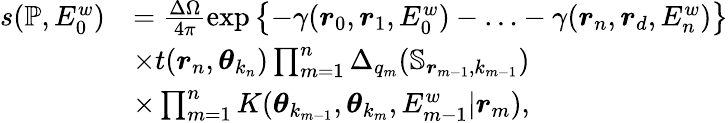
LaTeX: \begin{array}{rl}{s(\mathbb{P},E_{0}^{w})}&{=\frac{\Delta\Omega}{4\pi}\exp\left\{ -\gamma(\boldsymbol{r}_{0},\boldsymbol{r}_{1},E_{0}^{w})-\ldots-\gamma(\boldsymbol{r}_{n},\boldsymbol{r}_{d},E_{n}^{w})\right\} }\\ &{\times t(\boldsymbol{r}_{n},\boldsymbol{\theta}_{k_{n}})\prod_{m=1}^{n}\Delta_{q_{m}}(\mathbb{S}_{\boldsymbol{r}_{m-1},k_{m-1}})}\\ &{\times\prod_{m=1}^{n}K(\boldsymbol{\theta}_{k_{m-1}},\boldsymbol{\theta}_{k_{m}},E_{m-1}^{w}|\boldsymbol{r}_{m}),}\end{array}